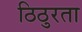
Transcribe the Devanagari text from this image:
ठिठुरता